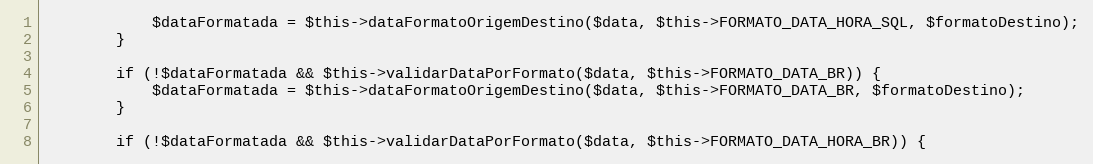
Language: PHP
            $dataFormatada = $this->dataFormatoOrigemDestino($data, $this->FORMATO_DATA_HORA_SQL, $formatoDestino);
        }

        if (!$dataFormatada && $this->validarDataPorFormato($data, $this->FORMATO_DATA_BR)) {
            $dataFormatada = $this->dataFormatoOrigemDestino($data, $this->FORMATO_DATA_BR, $formatoDestino);
        }

        if (!$dataFormatada && $this->validarDataPorFormato($data, $this->FORMATO_DATA_HORA_BR)) {